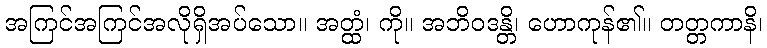
အကြင်အကြင်အလိုရှိအပ်သော။ အတ္ထံ၊ ကို။ အဘိဝဒန္တိ၊ ဟောကုန်၏။ တတ္တကာနိ၊